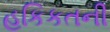
હકિકતની